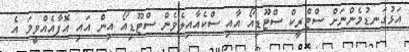
އަޅުގަނޑުމެންނަށް ސްޓްރީކް ސްޓޫޑިއޯ އާއި ސްކެއާއިލެވެން ސްޓޫޑިއޯ އިން އައި އޮފާއެއްވީމަ އެ